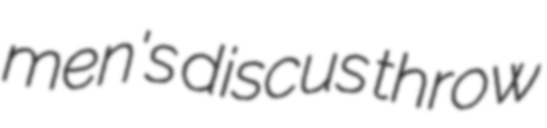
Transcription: men's discus throw